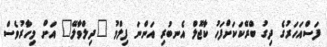
ފަސްއަހަރުގެ ދިގު ބްރޭކަކަށްފަހު ކާޖޮލް އެނބުރި އަންނަ ފިލްމު "ދިލްވާލޭ" އަށް މިހާރުވެސް